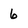
Character: 6